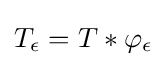
T_{\epsilon }=T\ast \varphi _{\epsilon }